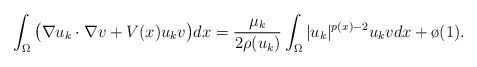
\begin{align*}\int_\Omega\big(\nabla u_k \cdot \nabla v + V(x)u_k v\big)dx=\frac{\mu_k}{2\rho(u_k)}\int_\Omega|u_k|^{p(x)-2}u_k v dx+\o(1).\end{align*}